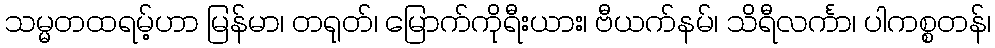
သမ္မတထရမ့်ဟာ မြန်မာ၊ တရုတ်၊ မြောက်ကိုရီးယား၊ ဗီယက်နမ်၊ သိရီလင်္ကာ၊ ပါကစ္စတန်၊